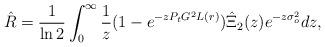
LaTeX: \begin{align*}{\hat{R}}=\frac{1}{\ln2}\int_0^\infty {\frac{1}{{z}}(1 -e^{- z{{P_t}G_{}^2 L\left(r\right)}})\hat{\Xi}_2(z) {e^{ -z\sigma_o^2}}dz},\end{align*}